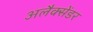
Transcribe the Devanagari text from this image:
अलैक्सेंडर